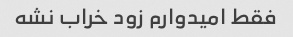
فقط امیدوارم زود خراب نشه